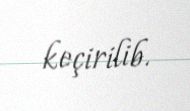
keçirilib.